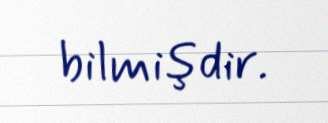
bilmişdir.